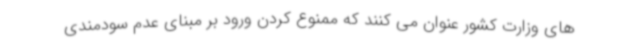
های وزارت کشور عنوان می کنند که ممنوع کردن ورود بر مبنای عدم سودمندی